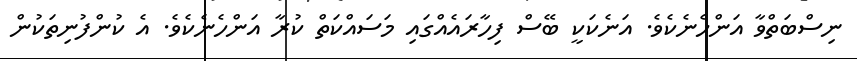
ނިސްބަތްވާ އަންހެނެކެވެ. އަނެކަކީ ބޭސް ފިހާރައެއްގައި މަސައްކަތް ކުރާ އަންހެނެކެވެ. އެ ކުންފުނިތަކުން